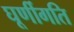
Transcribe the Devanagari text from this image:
घूर्णीगति